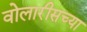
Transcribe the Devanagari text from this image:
वोलारीसच्या